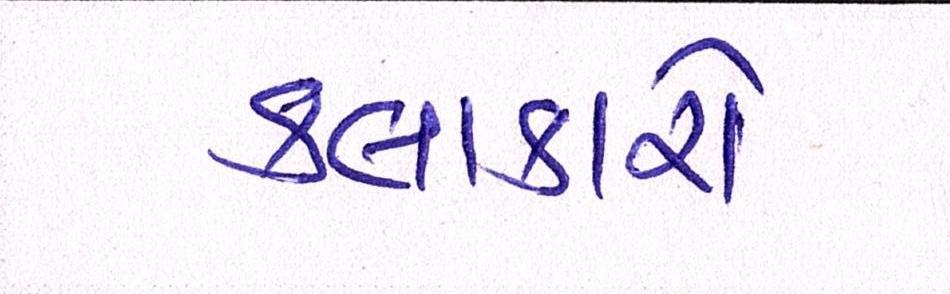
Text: કલાકારો